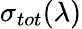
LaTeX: {\sigma}_{tot}(\lambda)